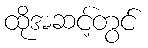
ထိုအဆင့်တွင်